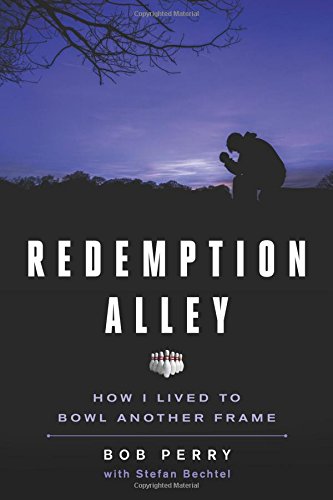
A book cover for Redemption Alley: How I Lived to Bowl Another Frame; Bob Perry (Purzycki); Sports & Outdoors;